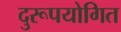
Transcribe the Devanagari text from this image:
दुरूपयोगित